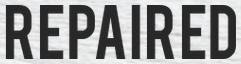
REPAIRED